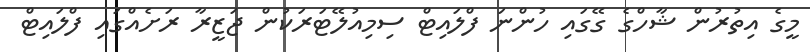
މީގެ އިތުރުން ޝާހްގެ ގޭގައި ހުންނަ ފްލައިޓް ސިމިއުލޭޓަރަކުން ޖަޒީރާ ރަށެއްގައި ފްލައިޓް